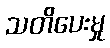
သတိပေးမှု